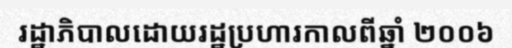
រដ្ឋាភិបាលដោយរដ្ឋប្រហារកាលពីឆ្នាំ ២០០៦